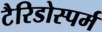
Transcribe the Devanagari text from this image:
टैरिडोस्पर्म